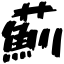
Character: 薊